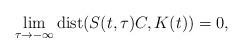
LaTeX: \begin{align*}\lim_{\tau\to-\infty}\mathrm{dist}(S(t,\tau)C,K(t))=0,\end{align*}